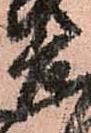
善